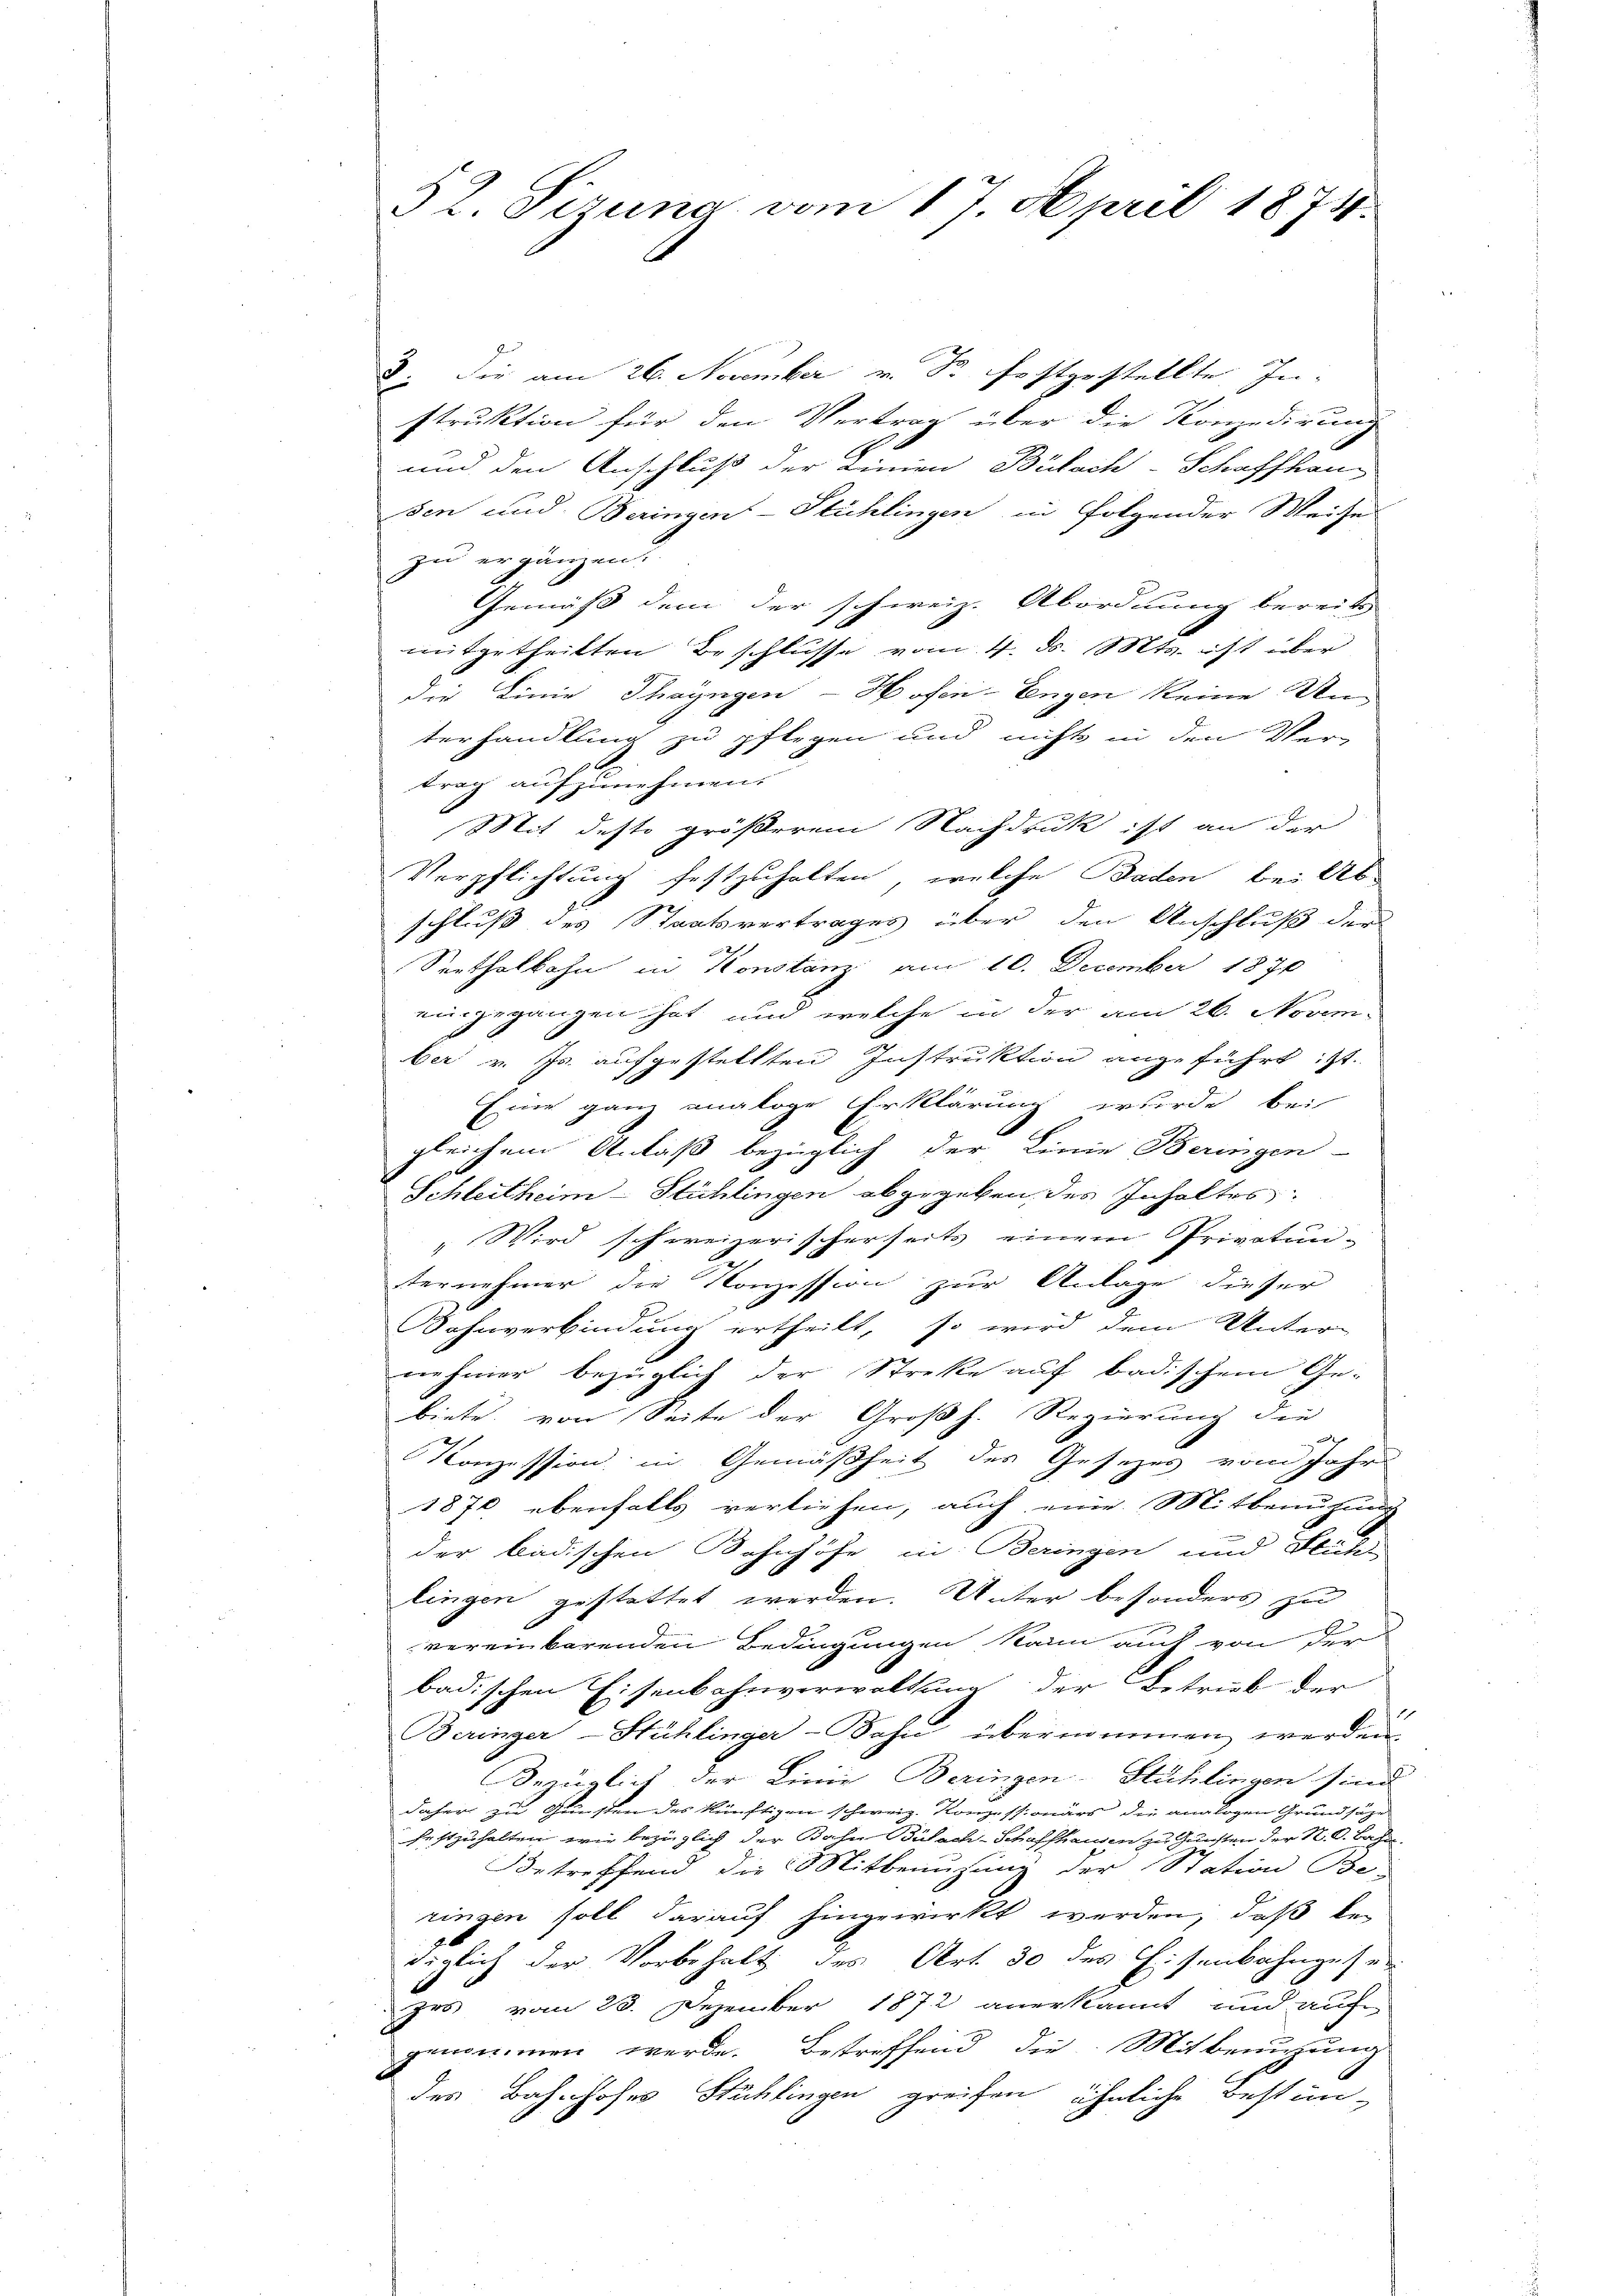
52. Sizung vom 17. April 1874.

2: Die am 26. November v. Fr. festgestellte Instruktion für den Vertrag über die Konzedirung
und den Anschluß der Linien Bülach-Schaffhaus
sen und Beringen-Stühlingen in folgender Weise
zu ergänzen.
Gemäss dem der schweiz. Abordnung bereits
mitgetheilten Beschlüsse vom 4. d. Mts. ist über
die Linie Thayngen - Hosen-Engen keine Unterhandlung zu pflegen und nichts in den Ver-

trag aufzunehmen.
Mit desto größerem Nachdruk ist an der
Verpflichtung festzuhalten, welche Baden bei Ab-
schluß des Staatsvertrages über den Anschluß der
Serthalbahn in Konstanz am 10. December 1870
eingegangen hat, und welche in der am 26. Novem-
ber v. Js. aufgestellten Instruktion ange führt ist.
Eine ganz analoge Erklärung wurde bei
gleichem Anlaß bezüglich der Linie Beringen
Schleitheim-Stühlingen abgegeben, des Inhaltes:
Wird schweizerischerseits einem Privatunternehmer die Konzession zur Anlage dieser
ohnverbindung ertheilt, so wird dem Unter-
nehmer bezüglich der Streke auf badischem Ge-
biete, von Seite der Großh. Regierung die
Konzession in Gemäßheit des Gesezes vom Jahr
1870 ebenfalls verliehen, auch eine Mitbenutung
der badischen Bahnhöfe in Beringen und Flich
lingen gestattet werden. Unter besonders zu
vereinbarenden Bedingungen kann auch von der
badischen Eisenbahnverwaltung der Betrieb der
Beringer-Stühlinger-Bahn übernommen werden.
Bezüglich der Linie Beringen-Stühlingen sind
daher zu Gunsten des künftigen schweiz. Konzessionärs die analogen Grundsäge
festzuhalten, wie bezüglich der Bahn Bülach-Schafftenen zu Gunsten der N. O. Bahn.
Betreffend die Mitbenuzung der Station Be-
ringen soll darauf hingewirkt werden, daß be-
diglich der Vorbehalt des Art. 30 des Eisenbahngese
d
zes vom 25. Dezember 1872 anerkannt und aufe
genommen werde. Betreffend die Mitbenutzung
des Bahnhofes Stächlingen greifen, ähnliche Bestim-